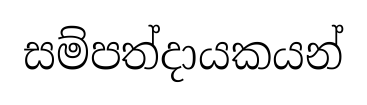
සම්පත්දායකයන්